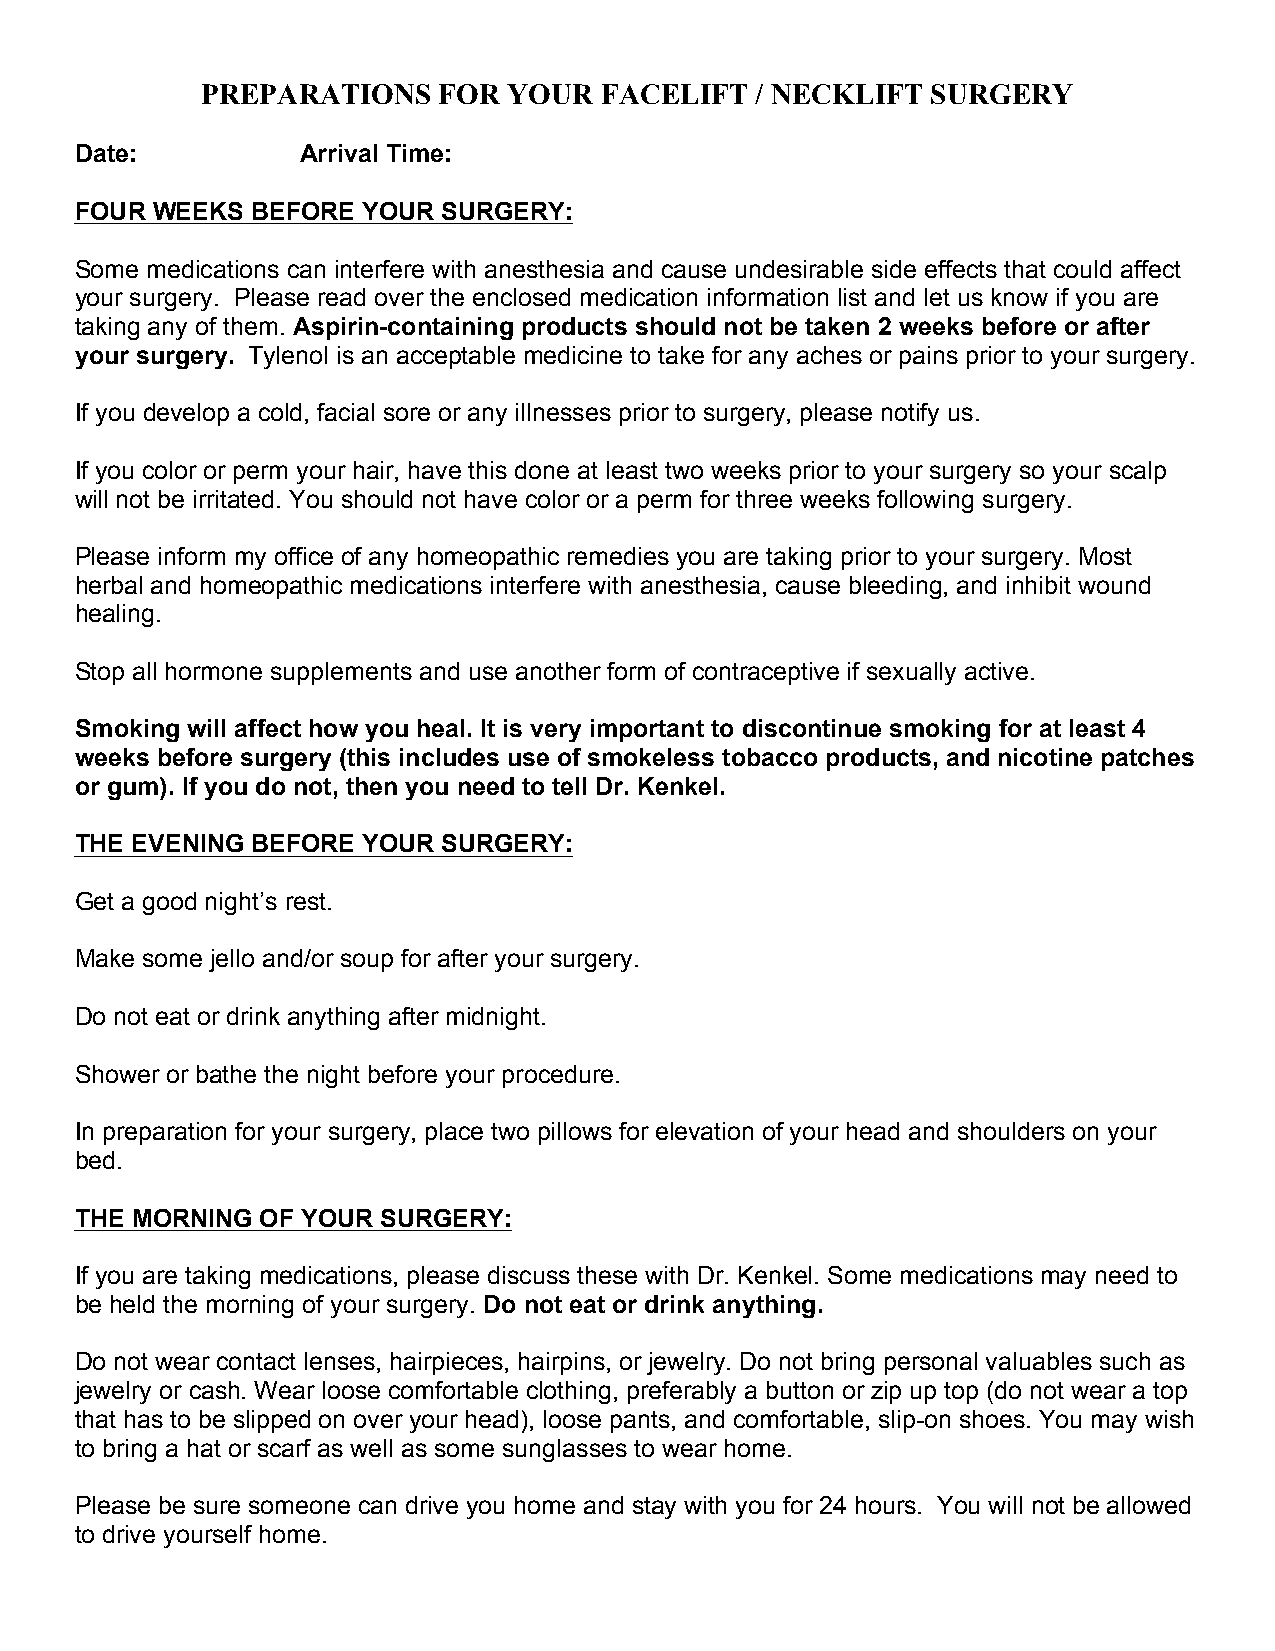
PREPARATIONS    FOR  YOUR  FACELIFT  / NECKLIFT  SURGERY
 Date:          Arrival Time:
 FOUR WEEKS  BEFORE YOUR SURGERY:
 Some medications can interfere with anesthesia and cause undesirable side effects that could affect
 your surgery. Please read over the enclosed medication information list and let us know if you are
 taking any of them. Aspirin-containing products should not be taken 2 weeks before or after
 your surgery. Tylenol is an acceptable medicine to take for any aches or pains prior to your surgery.
 If you develop a cold, facial sore or any illnesses prior to surgery, please notify us.
 If you color or perm your hair, have this done at least two weeks prior to your surgery so your scalp
 will not be irritated. You should not have color or a perm for three weeks following surgery.
 Please inform my office of any homeopathic remedies you are taking prior to your surgery. Most
 herbal and homeopathic medications interfere with anesthesia, cause bleeding, and inhibit wound
 healing.
 Stop all hormone supplements and use another form of contraceptive if sexually active.
 Smoking will affect how you heal. It is very important to discontinue smoking for at least 4
 weeks before surgery (this includes use of smokeless tobacco products, and nicotine patches
 or gum). If you do not, then you need to tell Dr. Kenkel.
 THE EVENING BEFORE YOUR SURGERY:
 Get a good night’s rest.
 Make some jello and/or soup for after your surgery.
 Do not eat or drink anything after midnight.
 Shower or bathe the night before your procedure.
 In preparation for your surgery, place two pillows for elevation of your head and shoulders on your
 bed.
 THE MORNING OF YOUR SURGERY:
 If you are taking medications, please discuss these with Dr. Kenkel. Some medications may need to
 be held the morning of your surgery. Do not eat or drink anything.
 Do not wear contact lenses, hairpieces, hairpins, or jewelry. Do not bring personal valuables such as
 jewelry or cash. Wear loose comfortable clothing, preferably a button or zip up top (do not wear a top
 that has to be slipped on over your head), loose pants, and comfortable, slip-on shoes. You may wish
 to bring a hat or scarf as well as some sunglasses to wear home.
 Please be sure someone can drive you home and stay with you for 24 hours. You will not be allowed
 to drive yourself home.